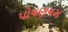
પોષણષમ